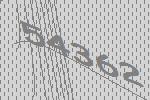
54362